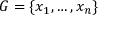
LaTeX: G = \{ x _ { 1 } , \ldots , x _ { n } \}